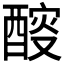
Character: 𨡻